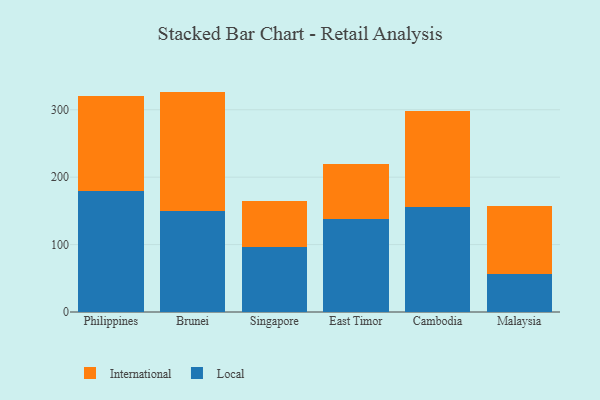
{"axis": {"x": "Country", "y": "Market Share (%)"}, "legend": ["International", "Local"], "data": [{"x": "Philippines", "y": 179.6, "type": "Local"}, {"x": "Philippines", "y": 140.2, "type": "International"}, {"x": "Brunei", "y": 150.4, "type": "Local"}, {"x": "Brunei", "y": 176.5, "type": "International"}, {"x": "Singapore", "y": 96.3, "type": "Local"}, {"x": "Singapore", "y": 68.0, "type": "International"}, {"x": "East Timor", "y": 138.1, "type": "Local"}, {"x": "East Timor", "y": 81.6, "type": "International"}, {"x": "Cambodia", "y": 155.9, "type": "Local"}, {"x": "Cambodia", "y": 142.0, "type": "International"}, {"x": "Malaysia", "y": 55.8, "type": "Local"}, {"x": "Malaysia", "y": 102.1, "type": "International"}]}